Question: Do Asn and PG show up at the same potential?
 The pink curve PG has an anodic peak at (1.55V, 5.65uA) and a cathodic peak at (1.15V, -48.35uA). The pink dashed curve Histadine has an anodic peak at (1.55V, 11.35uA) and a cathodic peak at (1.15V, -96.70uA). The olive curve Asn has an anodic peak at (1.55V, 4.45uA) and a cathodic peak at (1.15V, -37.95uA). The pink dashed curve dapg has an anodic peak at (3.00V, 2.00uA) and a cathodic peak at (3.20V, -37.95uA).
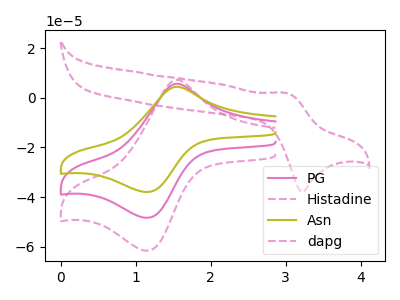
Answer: <think>All the peaks in "Asn" have a peak in "PG" at the same potential. Every peak in "Asn" is lower than every peak in "PG".
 </think>
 <answer>"Asn" and "PG" are similar in shape.</answer>
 <eval>same_shape</eval>